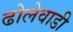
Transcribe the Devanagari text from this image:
ढोलेवाडी